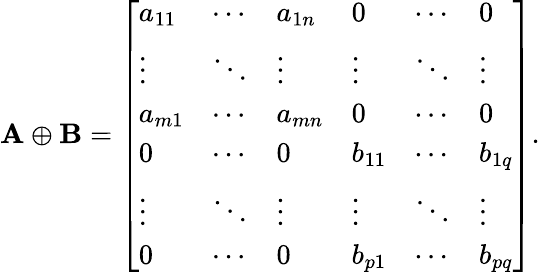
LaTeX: \mathbf{A}\oplus\mathbf{B}={\left[\begin{array}{llllll}{a_{11}}&{\cdots}&{a_{1n}}&{0}&{\cdots}&{0}\\ {\vdots}&{\ddots}&{\vdots}&{\vdots}&{\ddots}&{\vdots}\\ {a_{m1}}&{\cdots}&{a_{mn}}&{0}&{\cdots}&{0}\\ {0}&{\cdots}&{0}&{b_{11}}&{\cdots}&{b_{1q}}\\ {\vdots}&{\ddots}&{\vdots}&{\vdots}&{\ddots}&{\vdots}\\ {0}&{\cdots}&{0}&{b_{p1}}&{\cdots}&{b_{pq}}\end{array}\right]}.